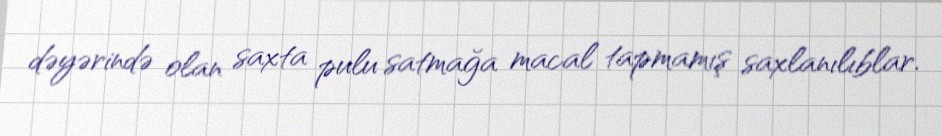
dəyərində olan saxta pulu satmağa macal tapmamış saxlanılıblar.